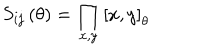
LaTeX: S _ { i j } \left( \theta \right) = \prod _ { x , y } \left[ x , y \right] _ { \theta }